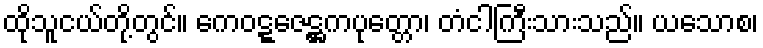
ထိုသူငယ်တို့တွင်။ ကေဝဋ္ဋဇေဋ္ဌကပုတ္တော၊ တံငါကြီးသားသည်။ ယသောစ၊